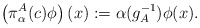
\begin{align*}\left(\pi^A_{\alpha}(c)\phi\right)(x):=\alpha(g_{A}^{-1})\phi(x).\end{align*}